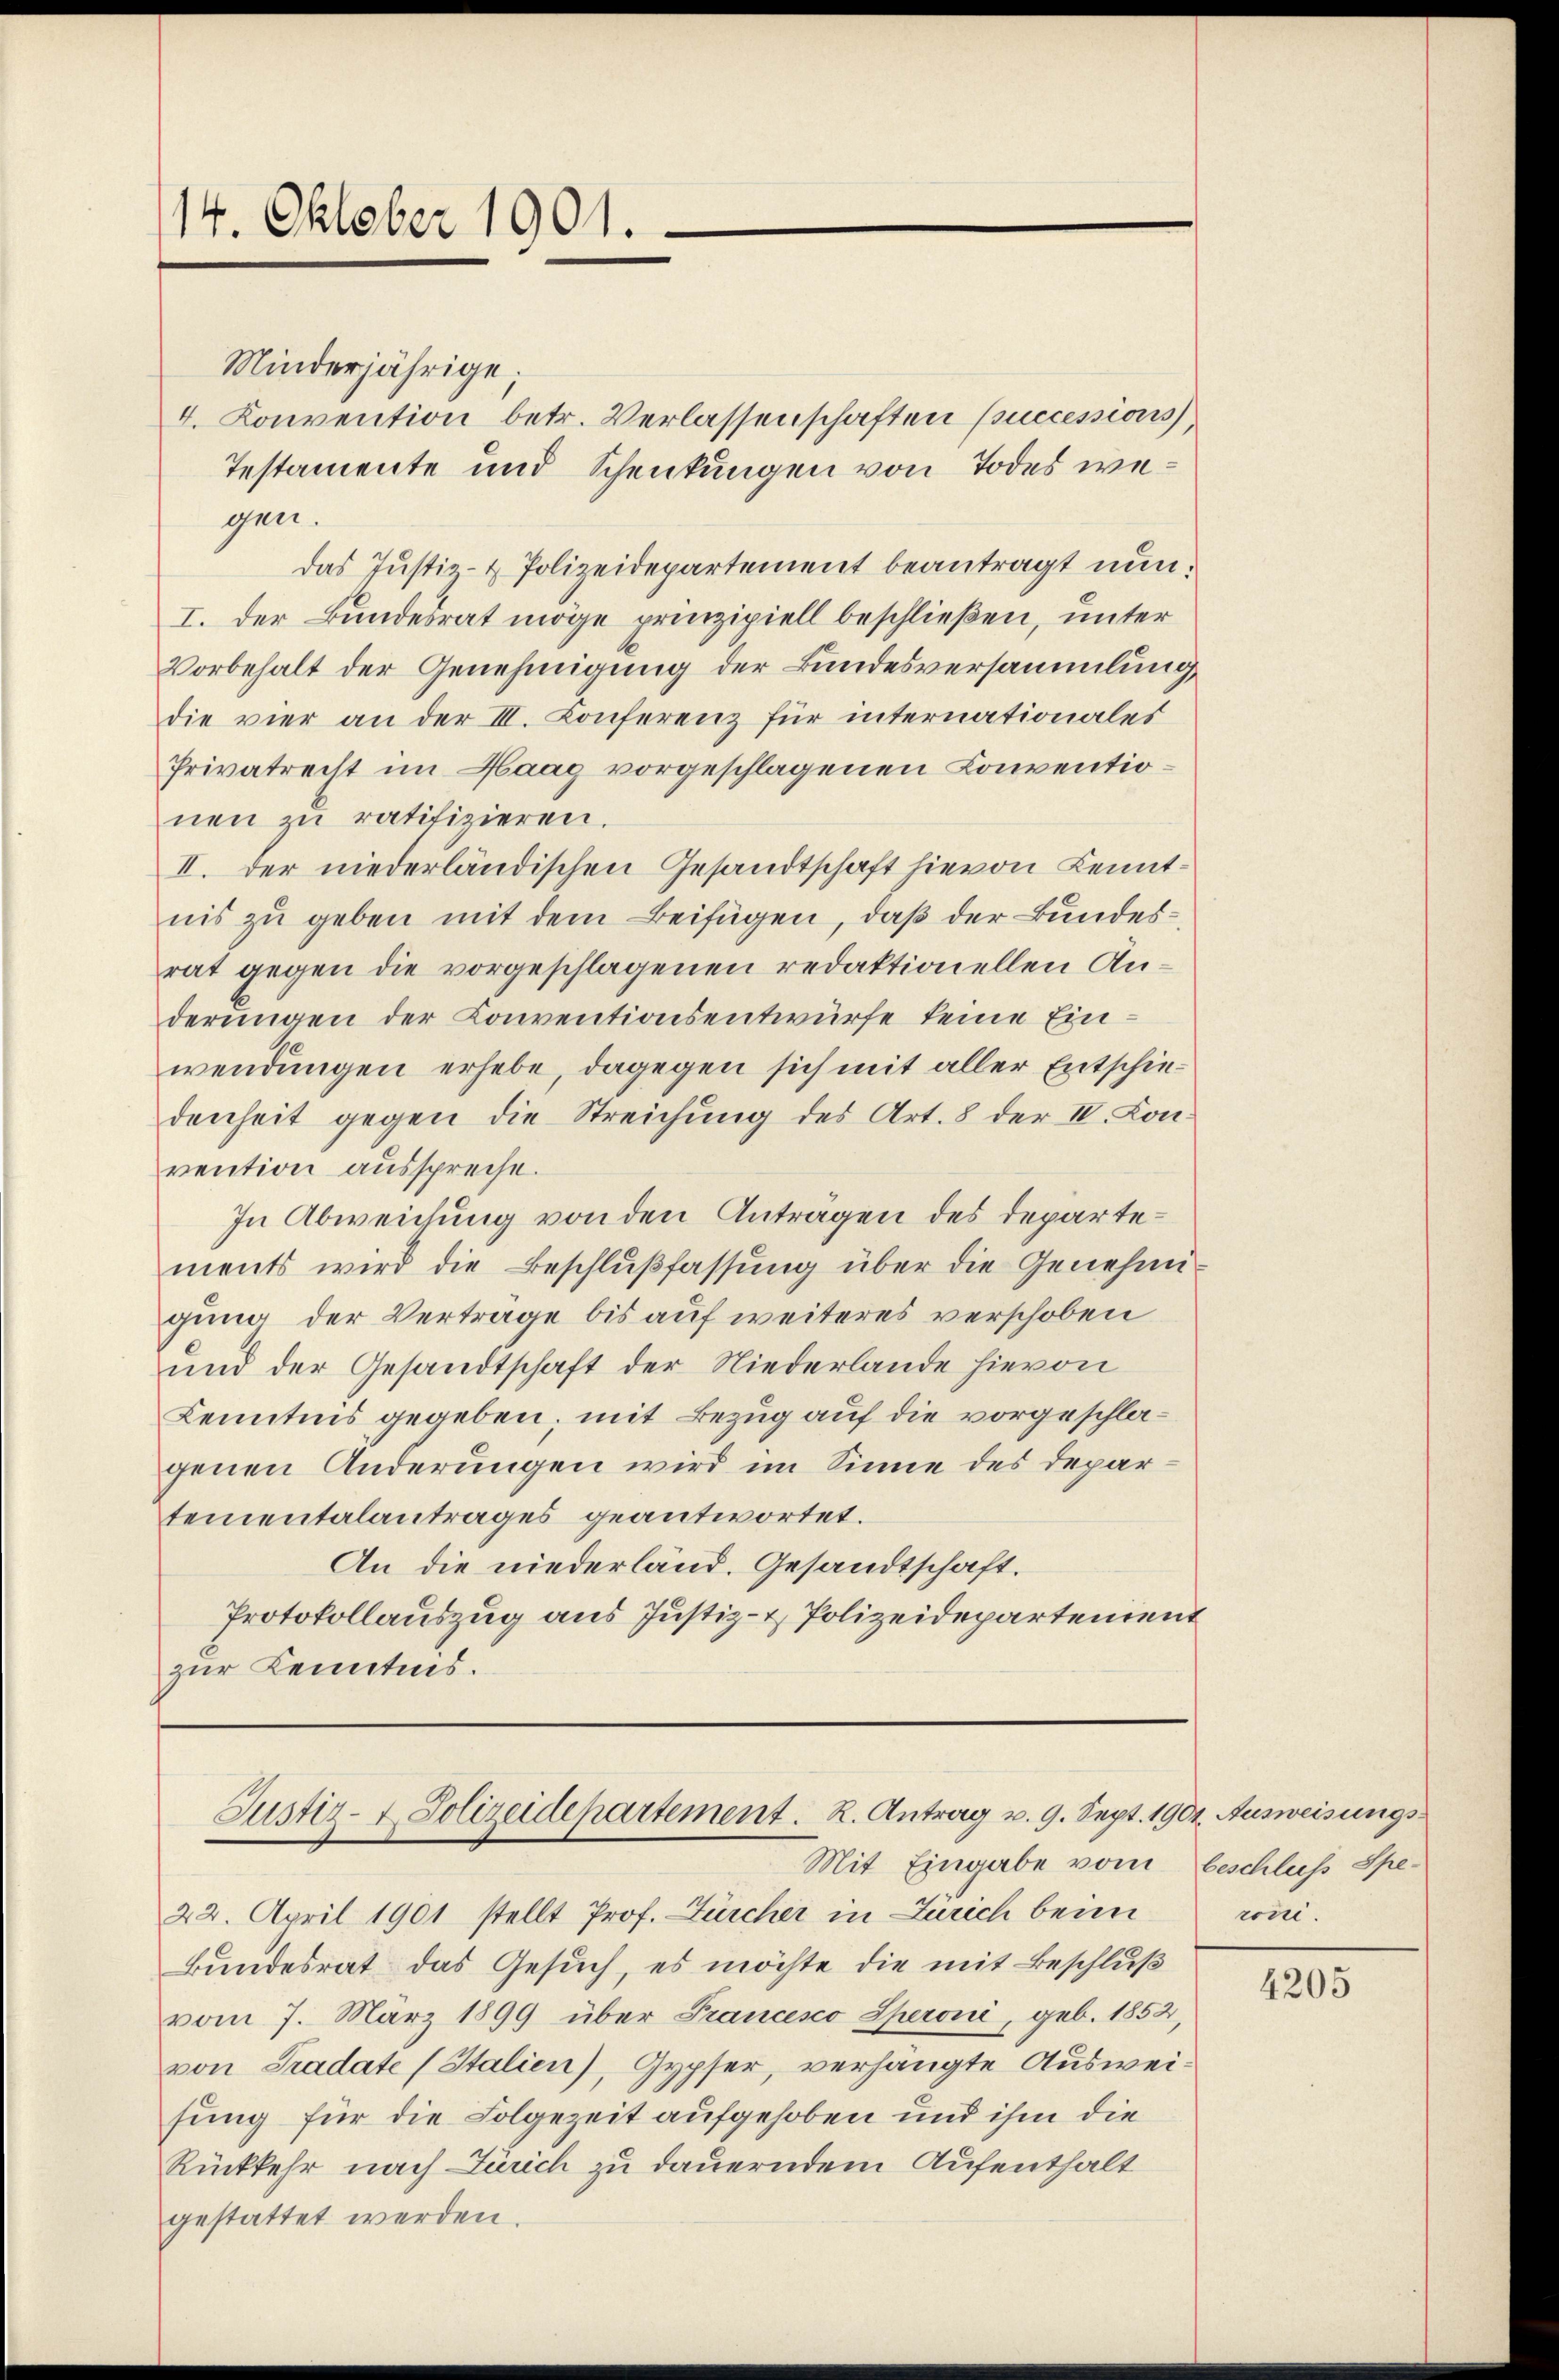
14. Oktober 1901.

Minderjährige;
4. Konvention betr. Verlassenschaften successions
Testamente und Schenkungen von Todes wegen.
das Justiz- & Polizeidepartement beantragt nun:
I. Der Bundesrat möge prinzipiell beschließen, unter
Vorbehalt der Genehmigung der Bundesversammlung
die vier an der III. Conferenz für internationales
Privatrecht im Haag vorgeschlagenen Conventionen zu ratifizieren.
II. der niederländischen Gesandtschaft hievon Kenntnis zu geben mit dem Beifügen, daß der Bundesrat gegen die vorgeschlagenen redaktionellen Anderungen der Conventionsentwürfe keine Einwendungen erhebe, dagegen sich mit aller Entschiedenheit gegen die Streichung des Art. 8 der IV. Kon
vention ausspreche.
In Abweichung von den Anträgen des Departements wird die Beschlußfassung über die Genehmigung der Verträge bis auf weiteres verschoben
und der Gesandtschaft der Niederlande hievon
Kenntnis gegeben; mit Bezug auf die vorgeschlagenen Anderungen wird im Sinne des Departementalantrages geantwortet.
An die niederländ. Gesandtschaft.
Protokollauszug aus Justiz- & Polizeidepartement
zur Kenntnis.

Justiz- & Polizeidepartement. R. Antrag v. 9. Sept. 1904. Ausweisungs¬
Mit Eingabe vom beschluss Spe¬

22. April 1901 stellt Prof. Zürcher in Zürich beim
Bundesrat das Gesuch, es möchte die mit Beschluß
vom 7. März 1899 über Francesco Speroni, geb. 1852,
von Tradate (Stalien), Gypser, verhängte Ausweifung für die Folgezeit aufgehoben und ihm die
Rückkehr nach Zürich zu dauerndem Aufenthalt
gestattet werden.

röni.

4205